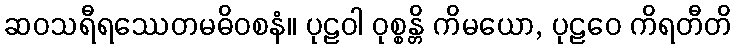
ဆဝသရီရဿေတမဓိဝစနံ။ ပုဠဝါ ဝုစ္စန္တိ ကိမယော, ပုဠဝေ ကိရတီတိ